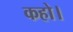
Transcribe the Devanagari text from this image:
कहो।